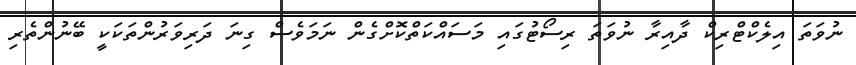
ނުވަތަ އިލެކްޓްރިކް ދާއިރާ ނުވަތަ ރިސޯޓުގައި މަސައްކަތްކޮށްގެން ނަމަވެސް ގިނަ ދަރިވަރުންތަކަކީ ބޭނުންތެރި